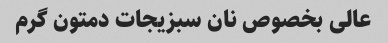
عالی بخصوص نان سبزیجات دمتون گرم